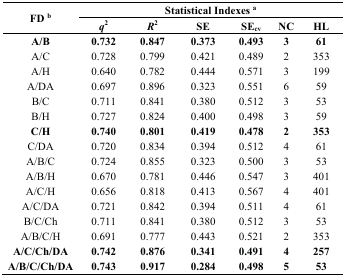
<table><thead><tr><td rowspan="2"><b>FD <sup>b</sup></b></td><td colspan="6"><b>Statistical Indexes <sup>a</sup></b></td></tr><tr><td><b><i>q</i><sup>2</sup></b></td><td><b><i>R</i><sup>2</sup></b></td><td><b>SE</b></td><td><b>SE<sub>cv</sub></b></td><td><b>NC</b></td><td><b>HL</b></td></tr></thead><tbody><tr><td><b>A/B</b></td><td><b>0.732</b></td><td><b>0.847</b></td><td><b>0.373</b></td><td><b>0.493</b></td><td><b>3</b></td><td><b>61</b></td></tr><tr><td>A/C</td><td>0.728</td><td>0.799</td><td>0.421</td><td>0.489</td><td>2</td><td>353</td></tr><tr><td>A/H</td><td>0.640</td><td>0.782</td><td>0.444</td><td>0.571</td><td>3</td><td>199</td></tr><tr><td>A/DA</td><td>0.697</td><td>0.896</td><td>0.323</td><td>0.551</td><td>6</td><td>59</td></tr><tr><td>B/C</td><td>0.711</td><td>0.841</td><td>0.380</td><td>0.512</td><td>3</td><td>53</td></tr><tr><td>B/H</td><td>0.727</td><td>0.824</td><td>0.400</td><td>0.498</td><td>3</td><td>59</td></tr><tr><td><b>C/H</b></td><td><b>0.740</b></td><td><b>0.801</b></td><td><b>0.419</b></td><td><b>0.478</b></td><td><b>2</b></td><td><b>353</b></td></tr><tr><td>C/DA</td><td>0.720</td><td>0.834</td><td>0.394</td><td>0.512</td><td>4</td><td>61</td></tr><tr><td>A/B/C</td><td>0.724</td><td>0.855</td><td>0.323</td><td>0.500</td><td>3</td><td>53</td></tr><tr><td>A/B/H</td><td>0.670</td><td>0.781</td><td>0.446</td><td>0.547</td><td>3</td><td>401</td></tr><tr><td>A/C/H</td><td>0.656</td><td>0.818</td><td>0.413</td><td>0.567</td><td>4</td><td>401</td></tr><tr><td>A/C/DA</td><td>0.721</td><td>0.842</td><td>0.394</td><td>0.511</td><td>4</td><td>61</td></tr><tr><td>B/C/Ch</td><td>0.711</td><td>0.841</td><td>0.380</td><td>0.512</td><td>3</td><td>53</td></tr><tr><td>A/B/C/H</td><td>0.691</td><td>0.777</td><td>0.443</td><td>0.521</td><td>2</td><td>353</td></tr><tr><td><b>A/C/Ch/DA</b></td><td><b>0.742</b></td><td><b>0.876</b></td><td><b>0.341</b></td><td><b>0.491</b></td><td><b>4</b></td><td><b>257</b></td></tr><tr><td><b>A/B/C/Ch/DA</b></td><td><b>0.743</b></td><td><b>0.917</b></td><td><b>0.284</b></td><td><b>0.498</b></td><td><b>5</b></td><td><b>53</b></td></tr></tbody></table>